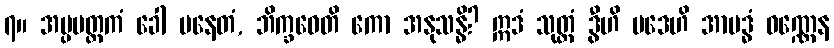
၇။ အပ္ပမတ္တကံ ခေါ ပနေတံ, ဘိက္ခဝေတိ ကော အနုသန္ဓိ? ဣဒံ သုတ္တံ ဒွီဟိ ပဒေဟိ အာဗဒ္ဓံ ဝဏ္ဏေန